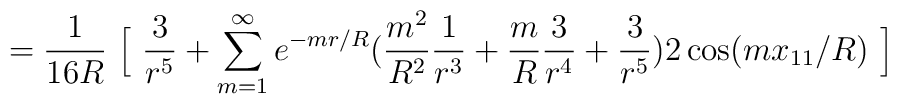
=    \frac{1}{16 R} \ \Big[ \  \frac{3}{ r^5} + \sum^{\infty}_{m=1} e^{-mr/R} (\frac{m^2}{R^2} \frac{1}{ r^3}   +   \frac{m}{R} \frac{3}{ r^4} + \frac{3}{r^5} )     2 \cos (mx_{11}/R)~ \Big]